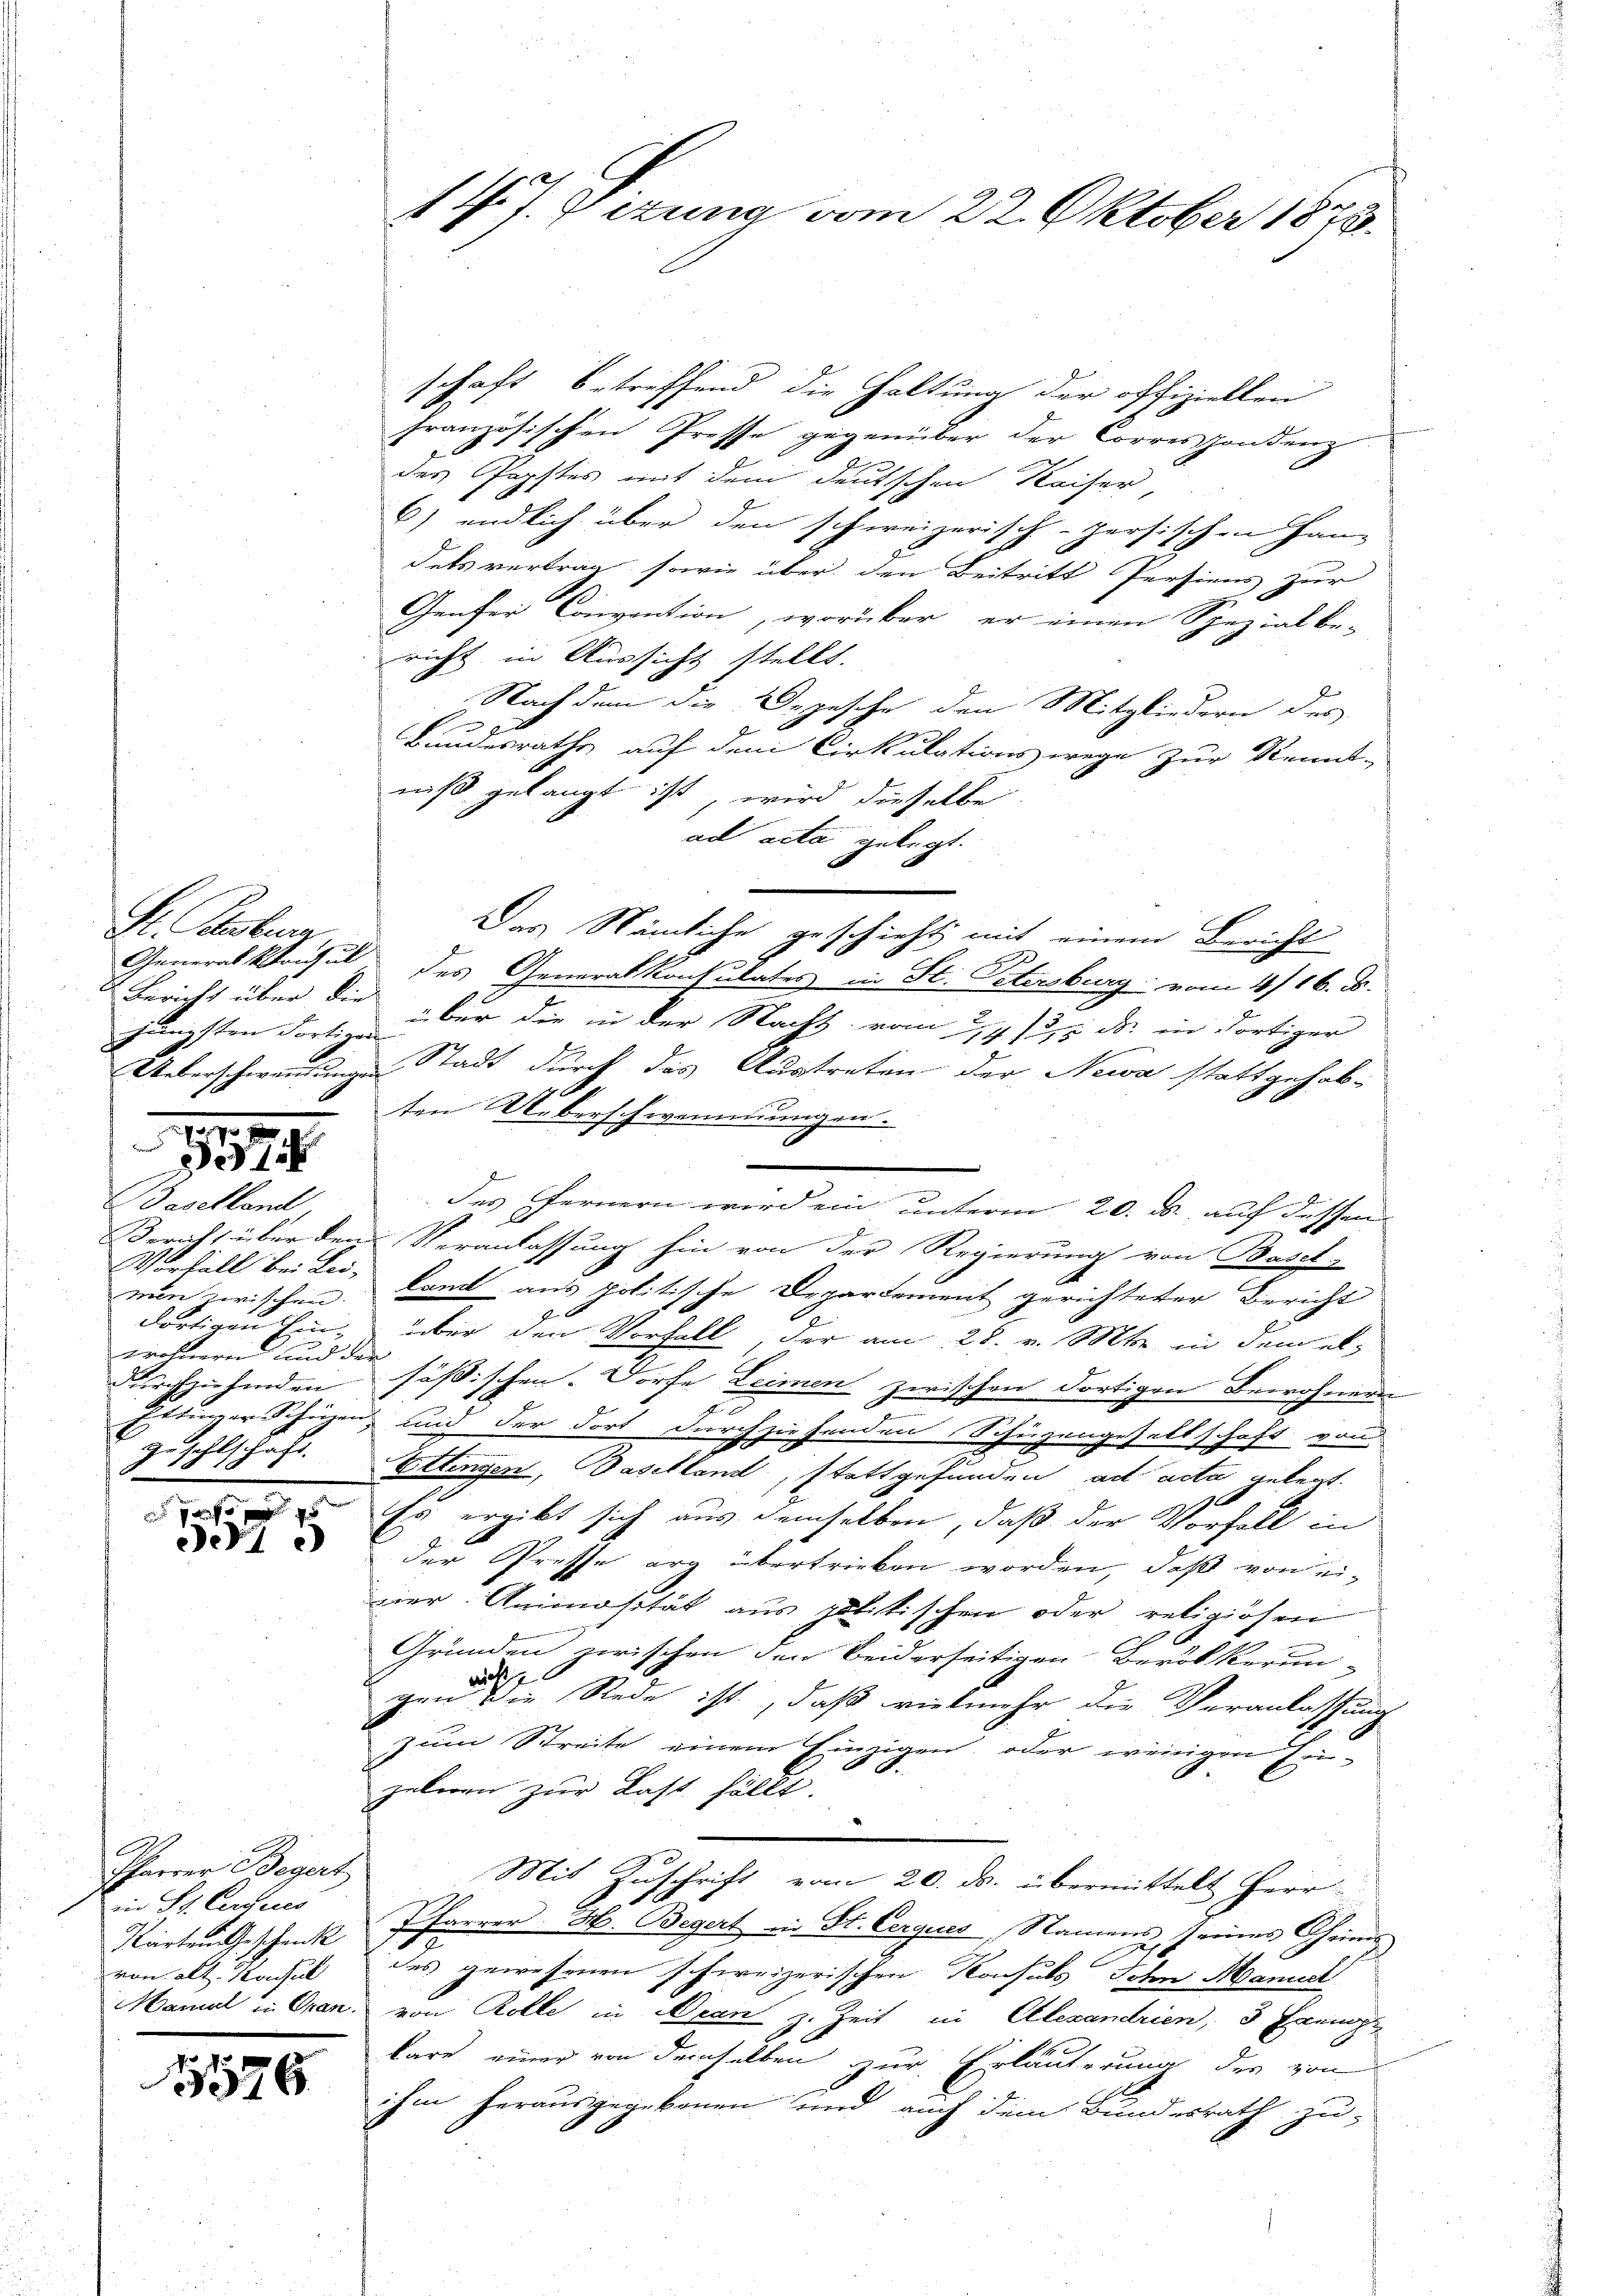
Sl. Gebur
gängsten Fortigens

Baselland.
min zwischen.
dortigen Ein-
wohnern und der
durchziehenden
3
sehlt hast.
S

190
991

de1

Tharrer Begert
in St. Circules
Karten Geschenk
von alt. Koche

1526

schaft betreffend die Haltung der offiziellen
französischen Presse gegenüber der Correspondenz
des Popstes mit dem deutschen Kaiser
C) endlich über den schweizerisch-persischen Han-
dets vertrag sowie über den Beitritt Persiens zur
Genfer Convention, worüber, er einen Spezial be-
richt in Aussicht stellt.
Nach dem die Depesche den Mitgliedern des
Bundesrathe auf dem Cirkulations wege zur Kennt-
niß gelangt ist, wird dieselbe
ad acta gelegt.
Das Nämliche geschieht, mit einem Bericht
Generalkonsul des Generalkonsulates in St. Petersburg vom 4/16. ds.
2 Bericht über die über die in der Nacht vom 29. /. ds. in dortiger
Ueberschwendungen Stadt durch das Austreten der Newa stattgehab-
ten Ueberschwemmungen.
Des fernern wird ein unterm 20. ds. auf dessen

Bericht über den Veranlassung hin von der Regierung von Basel-
Vorfall bei Lei- komt aus politische Departement gerichteter Bericht
über den Vorfall der am 28. v. Mts. in dem elsössischen. Dorfe Leimen zwischen dortigen Bewohnende
c
Ettinger Schüzen und der Fort durchziehenden Schüzengesellschaft von
Ettingen, Baselland, stattgefunden ad acta gelegt.
Es ergibt sich aus demselben, daß der Vorfall in
der Presse arg übertrieben worden, daß von eiier. Animosität aus politischen oder religiösen
Gründen zwischen den beiderseitigen Bevölkerun-
gen die Rede ist, daß vielmehr die Veranlassung
zum Streite einem Einzigen, oder wenigen Ein-
gelegen zur Last fällt.
Mit Zuschrift vom 20. ds. übermittelt Herr
Pfarrer H. Begert in St. Cerques, Namens seines Chris
des gewesenen schweizerischen Konsuls Sohn Manuel
Maniel in Gran. von Rolle in Dran z. Zeit in Alexandrien, 3 Exemp
käre einer von demselben zur Erläuterung der von
ihm herausgegebenen und auch dem Bundesrath zu-

1 J. J. Gezung vom 22. Oktober 1873.